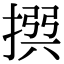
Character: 𢰅